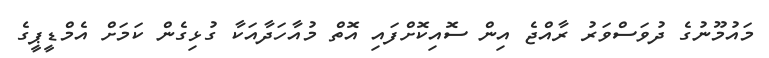
މައުމޫނުގެ ދުވަސްވަރު ރާއްޖެ އިން ސޮއިކޮށްފައި އޮތް މުއާހަދާއަކާ ގުޅިގެން ކަމަށް އެމްޑީޕީގެ